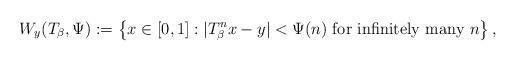
LaTeX: \begin{align*}W_y(T_{\beta}, \Psi):=\left\{x\in [0,1]:|T_\beta^nx-y|<\Psi(n)\mbox{ for infinitely many $n$}\right\},\end{align*}